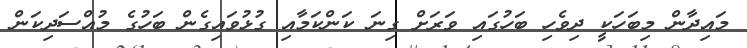
މައިދާން މިބަހަކީ ދިވެހި ބަހުގައި ވަރަށް ގިނަ ކަންކަމާއި ގުޅުވައިގެން ބަހުގެ މުއްސަދިކަން